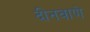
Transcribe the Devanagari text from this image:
दीनवाणे